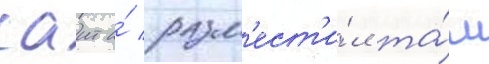
саит и́ разм'ест'и́л та́м